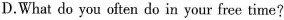
D.What do you often do in your free time?